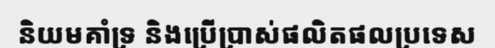
និយមគាំទ្រ និងប្រើប្រាស់ផលិតផលប្រទេស